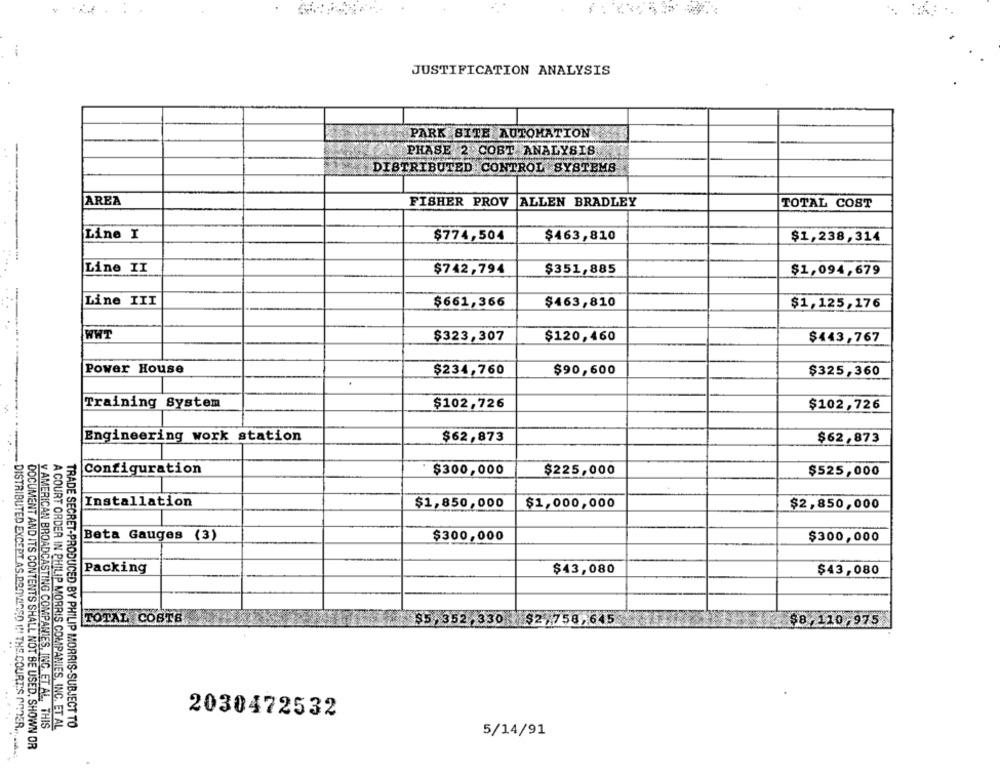
JUSTIFICATION ANALYSIS
PARK SITE AUTOMATION
PHASE 2 COST ANALYSIS
DISTRIBUTED CONTROL SYSTEMS
AREA
FISHER PROV
ALLEN BRADLEY
TOTAL COST
Line I
$774,504
$463,810
$1,238,314
Line II
$742,794
$351,885
$1,094,679
Line III
$661,366
$463,810
$1,125,176
WWT
$323,307
$120,460
$443,767
--
Power House
$234,760
$90,600
$325,360
Training System
$102,726
$102,726
Engineering work station
$62,873
$62,873
Configuration
$300,000
$225,000
$525,000
Installation
$1,850,000
$1,000,000
$2,850,000
Beta Gauges (3)
$300,000
$300,000
Packing
$43,080
$43,080
TOTAL COSTS
$5,352,330 $2.758,645
$8,110,975
2030472532
v AMERICAN BROADCASTING COMPANIES, INC. ET AL. THIS
A COURT ORDER IN PHILIP MORRIS COMPANIES, INC. ET AL
TRADE SECRET-PRODUCED BY PHILIP MORRIS-SUBJECT TO
5/14/91
..... ... DISTRIBUTED EXCEPT AS.BODYISSO !!! THE COURT'S AnDER ...
DOCUMENT AND ITS CONTENTS SHALL NOT BE USED, SHOWN OR